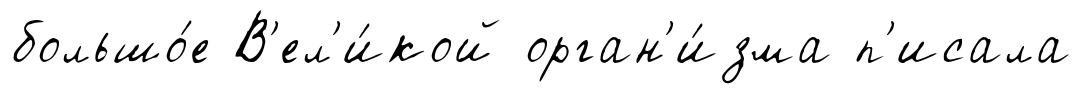
большо́е В'ел'и́кой орган'и́зма п'исала